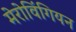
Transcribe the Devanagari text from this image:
मेरोविंगियन